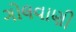
ગોલવાણી